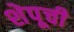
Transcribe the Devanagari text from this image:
शेपूची